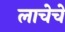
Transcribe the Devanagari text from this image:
लाचेचे